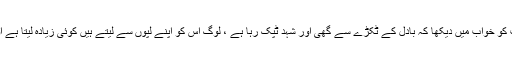
میں نے رات کو خواب میں دیکھا کہ بادل کے ٹکڑے سے گھی اور شہد ٹپک رہا ہے ، لوگ اس کو اپنے لپوں سے لیتے ہیں کوئی زیادہ لیتا ہے اور کوئی کم۔